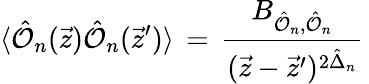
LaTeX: \langle\hat{{\cal O}}_{n}(\vec{z})\hat{{\cal O}}_{n}(\vec{z}^{\prime})\rangle\, =\, \frac{B_{{\hat{{\cal O}}_{n}},\hat{{\cal O}}_{n}}}{(\vec{z}-\vec{z}^{\prime})^{2\hat{\Delta}_{n}}}\,